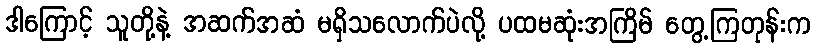
ဒါကြောင့် သူတို့နဲ့ အဆက်အဆံ မရှိသလောက်ပဲလို့ ပထမဆုံးအကြိမ် တွေ့ကြတုန်းက